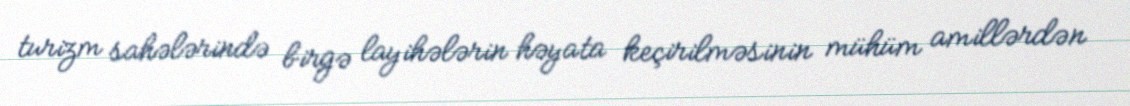
turizm sahələrində birgə layihələrin həyata keçirilməsinin mühüm amillərdən